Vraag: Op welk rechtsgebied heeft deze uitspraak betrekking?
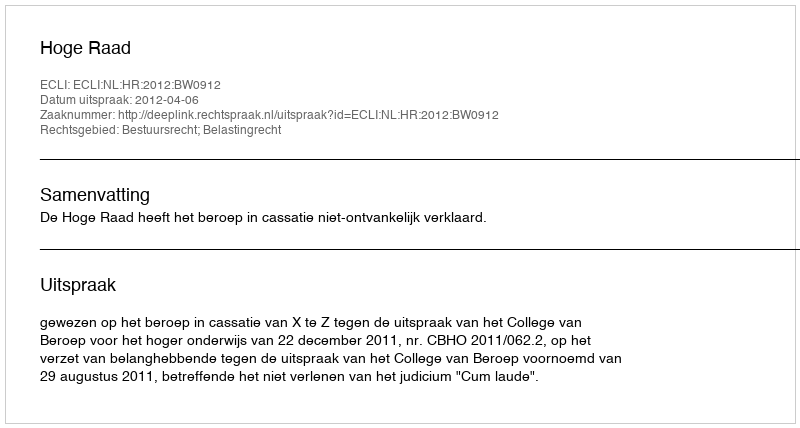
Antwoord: Bestuursrecht; Belastingrecht